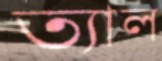
ত্যাল